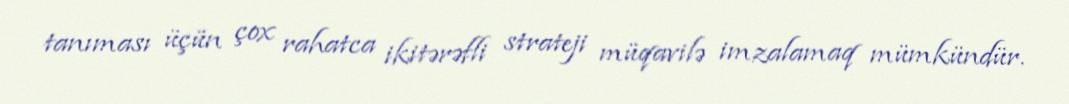
tanıması üçün çox rahatca ikitərəfli strateji müqavilə imzalamaq mümkündür.